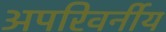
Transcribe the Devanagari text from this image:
अपरिवर्नीय